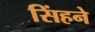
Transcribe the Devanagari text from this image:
सिंहने